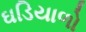
ઘડિયાળો